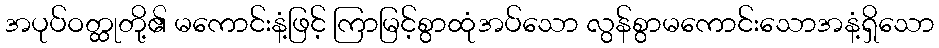
အပုပ်ဝတ္ထုတို့၏ မကောင်းနံ့ဖြင့် ကြာမြင့်စွာထုံအပ်သော လွန်စွာမကောင်းသောအနံ့ရှိသော